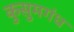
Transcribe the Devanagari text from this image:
कुसुमगंध